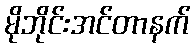
မိုဘိုင်းအင်တာနက်